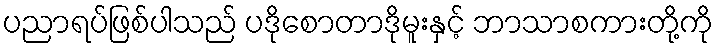
ပညာရပ်ဖြစ်ပါသည် ပဒိုစောတာဒိုမူးနှင့် ဘာသာစကားတို့ကို